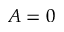
A = 0